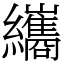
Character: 纗